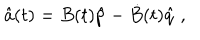
\hat { a } ( t ) = B ( t ) \hat { p } - \dot { B } ( t ) \hat { q } \; ,